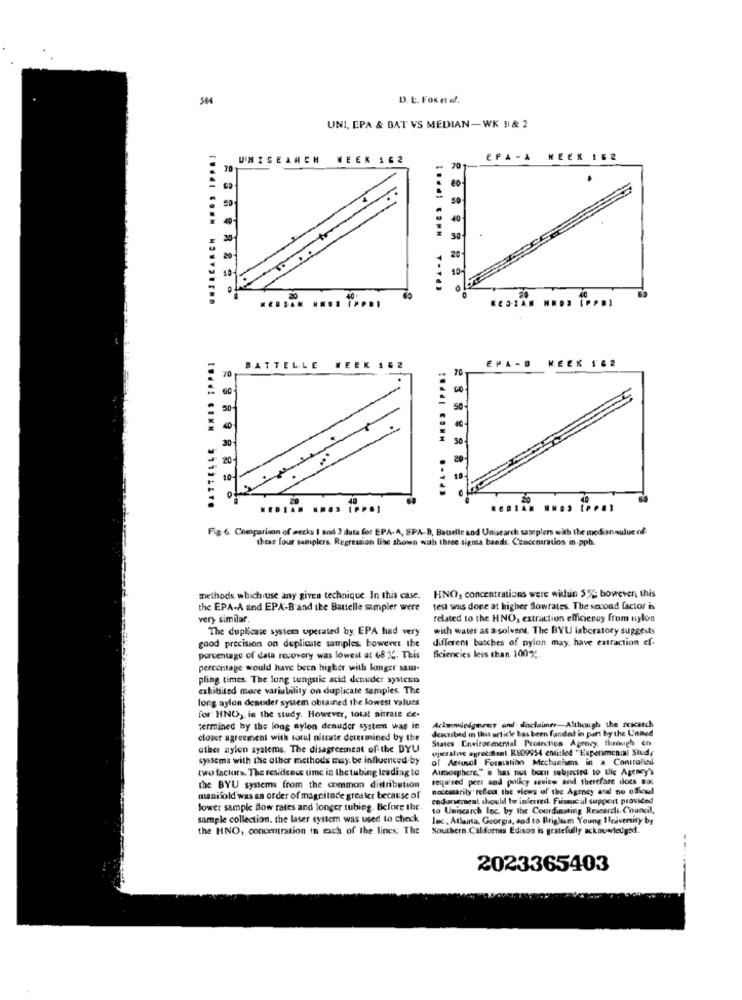
584
D. L. Fox et al.
UNI, EPA & DAT VS MEDIAN-WK 11& 2
UNISEARCH WEEK 162
EPA - A WEEK 162
30
10
..... .... .........
70
BATTELLE WEEK 162
70
EPA-B HEES 162
50
30
90
20
10
Fig. 6. Comparison of weeks I and 2 data for EPA- 4, SPA-B, Batselle and Unisearch samplers with the median nuluc of
these four samplers. Regression line shown with three sigma bands. Croceniration in.pph.
methods which use any given technique In this case.
HNO, concentrations were within 5%: boweven, this
the EPA-A and EPA-B and the Battelle sampler were
test was done at higher flowrates. The second factor is
very similar.
related to the HNO, extraction efficiency from nylon
The duplicate system operated by EPA had very
with water as a solvent. The BYU laboratory suggests
different batches of pylon may, have extraction ef-
good precision on duplicate samples; however the
percentage of data recovery was lowest at 68 ℃- This
Bciencies less than 100%.
percentage would have been higher with longer sam-
pling times. The long tungsile atid denuder systeno
exhibited more variability on duplicate samples. The
long aylon desuder system obtained the lowest values
for" HNO, in the study. However, total nitrate ce.
termined by the long nylon denuder system was in
dekuibed in this article has been funded in part by the Unined
Acknowledgeus and disclaimer-Although the rescatch
clover agreement with totul nitrate determined by the
States Environmental Protection Agency, though co
other nylon systems. The disagreemeat of the DYU
«jeralive agreement R809954 entitled "Experimental Study
systems with the other methods may be influenced by
of Aerosol Formation Mechanisms in a Controlled
two factura. The residence time in the tubing leading to
Auosphere," i bas nus been subjected to Life Agency's
required peer and policy seview and therefore does aos
the BYU systems from the common distribution
necessarily reflect the views of the Agency and no offeudl
manifold was an order of magnitude greater because of
endarsequent should be inferred. Frissicul support provided
lower sample flow rates and longer tubing. Before the
to Uniscarch Inc. by the Coordinating Researchi, Counal,
sample collection. the laser systern was used to check
lec, Atlanta, Georgia, and to Brigham Young Ilniversity by
the HNO, concentration in each of the lines: The
Southern.California Edison is gratefully ackaveledgod.
2023365403
-----